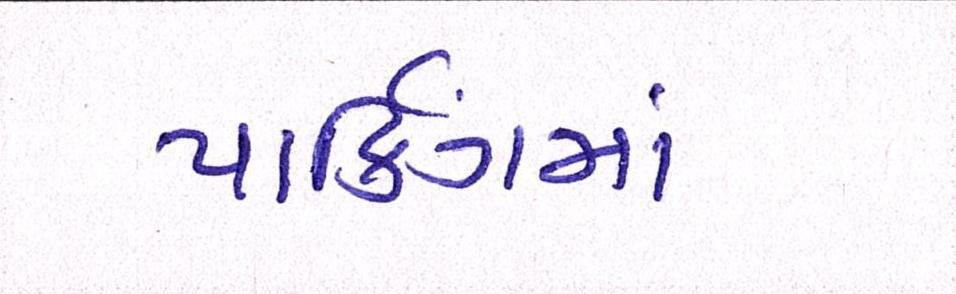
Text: પાર્કિંગમાં